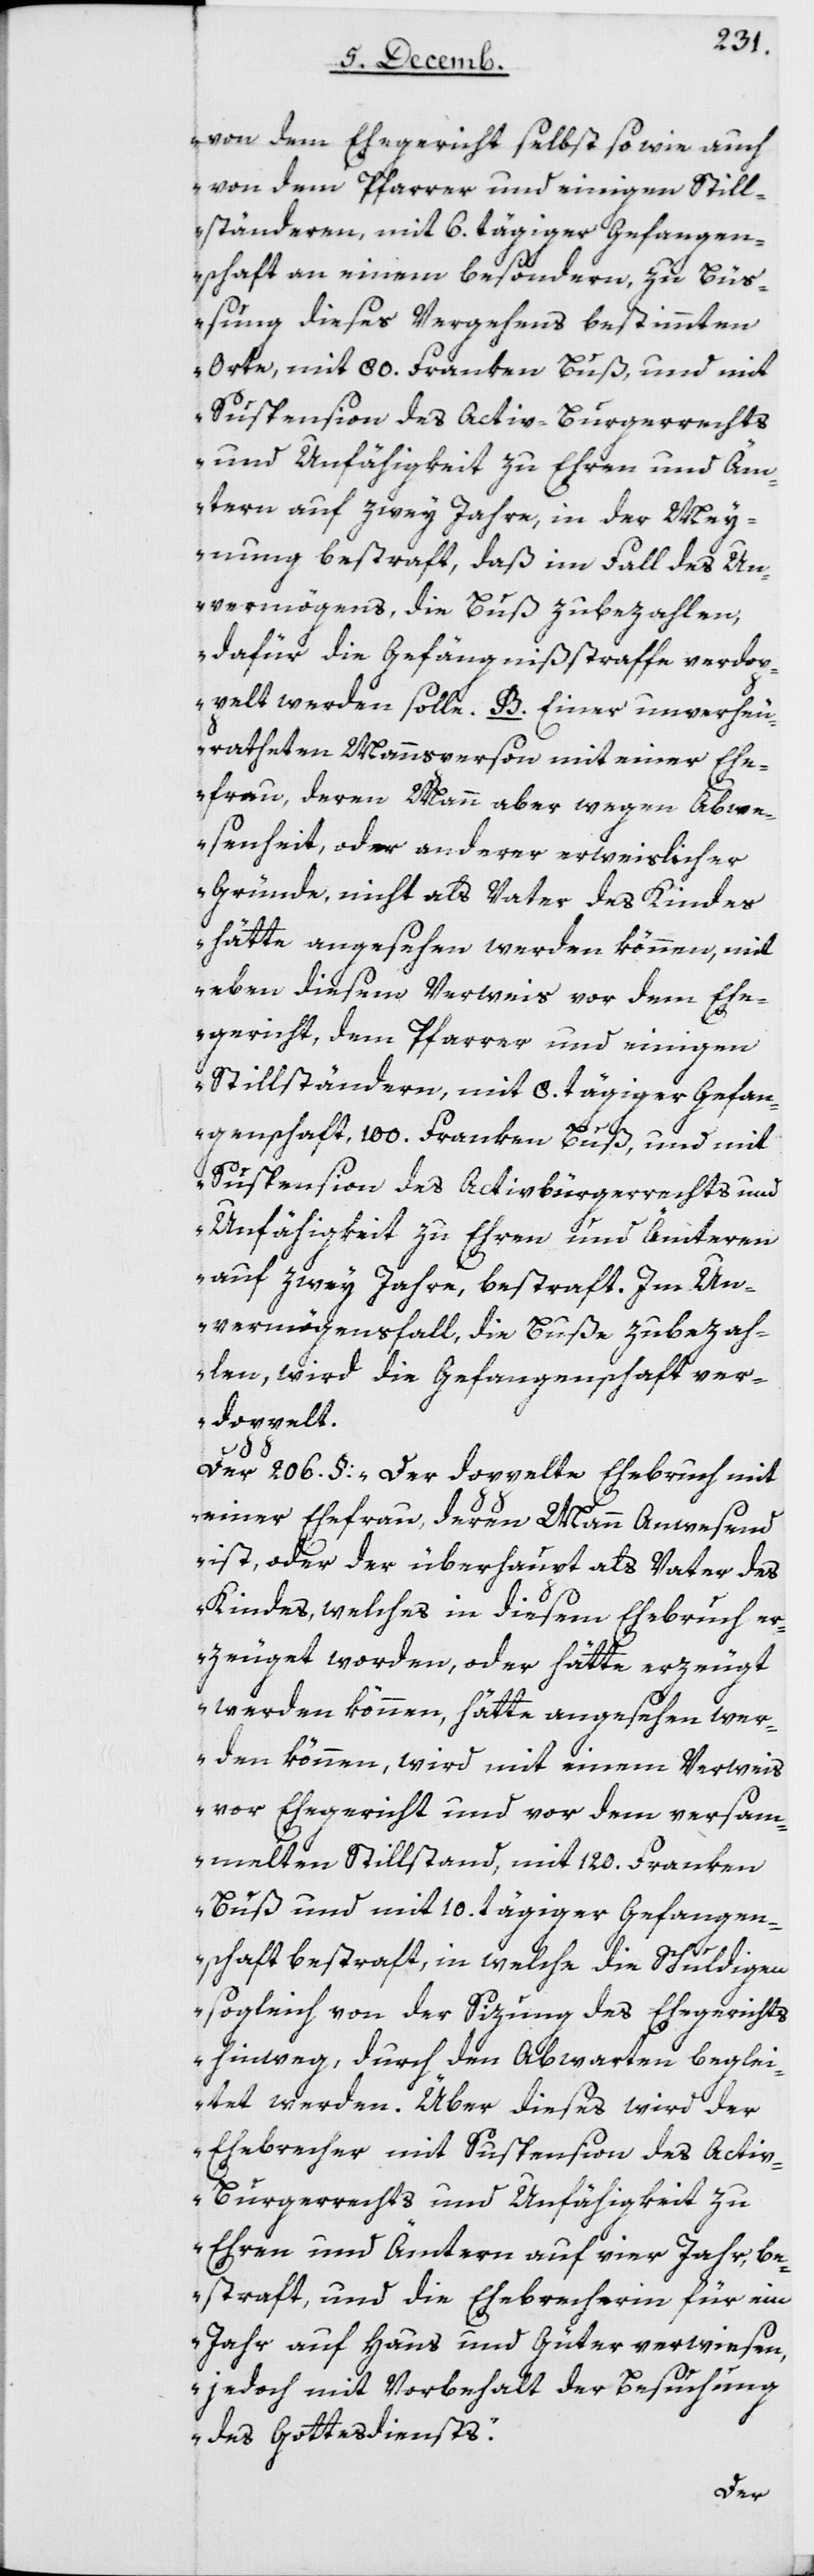
von dem Ehegericht selbst sowie auch
von dem Pfarrer und einigen Still¬
ständeren, mit 6 tägiger Gefangen¬
schaft an einem besondern, zu Büß¬
ung dieses Vergehens bestimmten
Orte, mit 80 Franken Buß, und mit
Suspension des Activ-Burgerrechts
und Unfähigkeit zu Ehren und Äm¬
tern auf zwey Jahre, in der Mey¬
nung bestraft, daß im Fall des Un¬
vermögens, die Buß zu bezahlen,
dafür die Gefängnißstraffe verdop¬
pelt werden solle. B. Einer unverheu¬
ratheten Mannsperson mit einer Ehe¬
frau, deren Mann aber wegen Abw¬
esenheit oder anderer erweislicher
Gründe, nicht als Vater des Kindes
hätte angesehen werden können, mit
eben diesem Verweis vor dem Ehe¬
gericht, dem Pfarrer und einigen
Stillständern, mit 8 tägiger Gefan¬
genschaft, 100 Franken Buß, und mit
Suspension des Activbürgerrechts und
Unfähigkeit zu Ehren und Ämteren
auf zwey Jahre, bestraft. Im Un¬
vermögensfall, die Buße zu bezah¬
len, wird die Gefangenschaft ver¬
doppelt.“
Der 206 §: „Der doppelte Ehebruch mit
einer Ehefrau, deren Mann anwesend
ist, oder der überhaupt als Vater des
Kindes, welches in diesem Ehebruch er¬
zeuget worden, oder hätte erzeugt
werden können, hätte angesehen wer¬
den können, wird mit einem Verweis
vor Ehegericht und vor dem versam¬
melten Stillstand, mit 120 Franken
Buß und mit 10 tägiger Gefangen¬
schaft bestraft, in welche die Schuldigen
sogleich von der Sizung des Ehegerichts
hinweg, durch den Abwarten beglei¬
tet werden. Über dieses wird der
Ehebrecher mit Suspension des Acti¬
v-Burgerrechts und Unfähigkeit zu
Ehren und Ämtern auf vier Jahr, be¬
straft, und die Ehebrecherin für ein
Jahr auf Haus und Güter verwiesen,
jedoch mit Vorbehalt der Besuchung
des Gottesdiensts.“